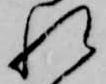
れ